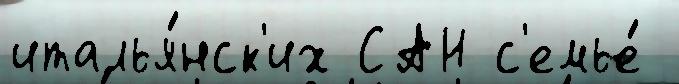
италья́нск'их САН с'емье́